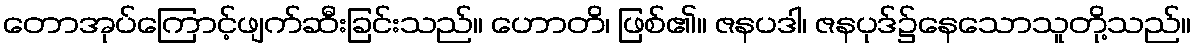
တောအုပ်ကြောင့်ဖျက်ဆီးခြင်းသည်။ ဟောတိ၊ ဖြစ်၏။ ဇနပဒါ၊ ဇနပုဒ်၌နေသောသူတို့သည်။